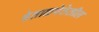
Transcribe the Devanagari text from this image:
वेताळपेठेतील